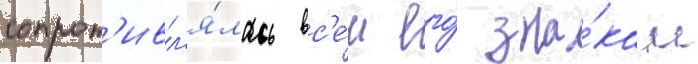
сопрот'ивл'я́лась вс'е́м его́ зна́кам